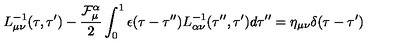
L _ { \mu \nu } ^ { - 1 } ( \tau , \tau ^ { \prime } ) - \frac { { \cal F } _ { \mu } ^ { \alpha } } { 2 } \int _ { 0 } ^ { 1 } \epsilon ( \tau - \tau ^ { \prime \prime } ) L _ { \alpha \nu } ^ { - 1 } ( \tau ^ { \prime \prime } , \tau ^ { \prime } ) d \tau ^ { \prime \prime } = \eta _ { \mu \nu } \delta ( \tau - \tau ^ { \prime } )